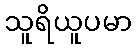
သူရိယူပမာ